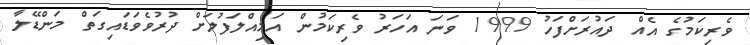
ވެރިކަމުގެ އެއް ދައުރަށްފަހު 1999 ވަނަ އަހަރު ވެރިކަމުން އަމިއްލަފުލަށް ދުރުވެވަޑައިގަތް މަންޑޭލާ